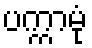
ပက္ကာမုံ